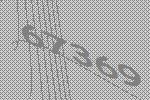
67369